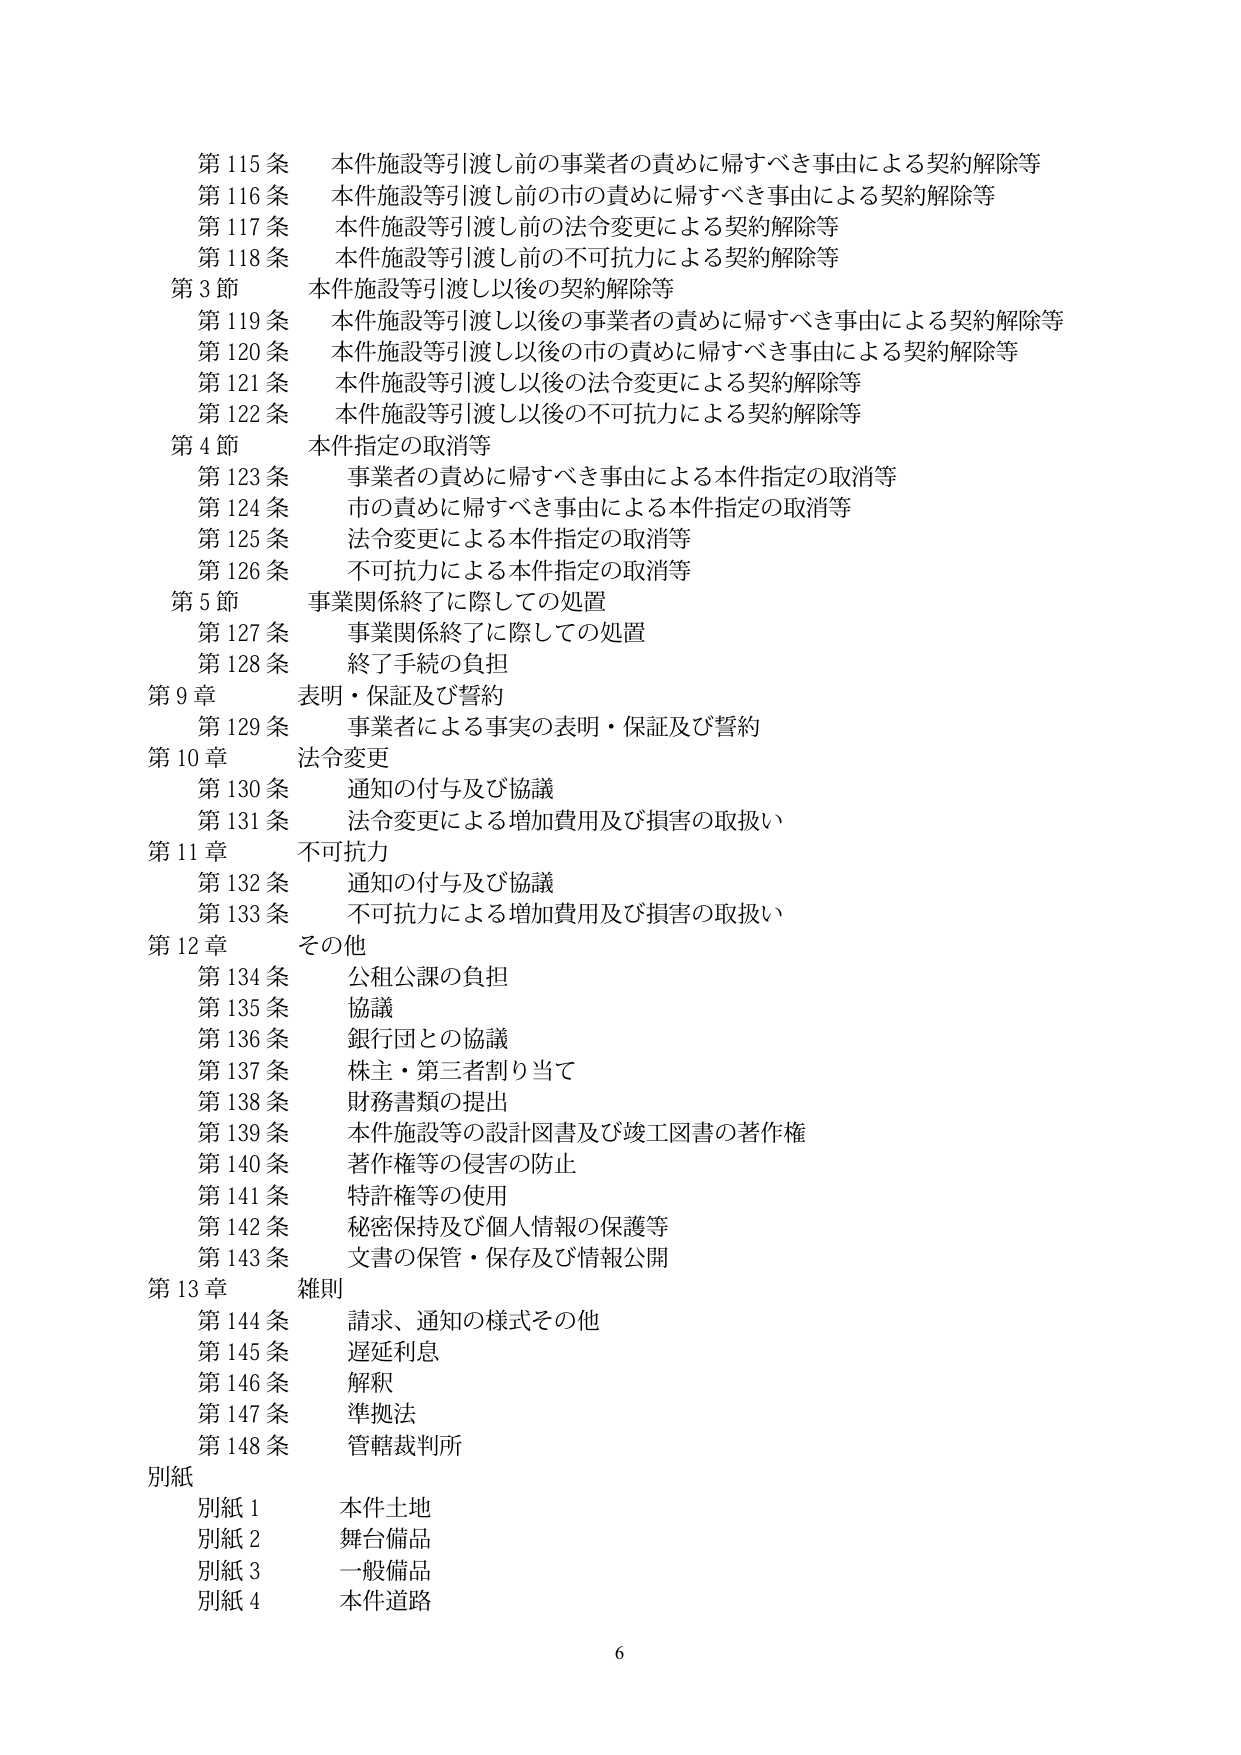
第115条 本件施設等引渡し前の事業者の責めに帰すべき事由による契約解除等
第116条 本件施設等引渡し前の市の責めに帰すべき事由による契約解除等
第117条 本件施設等引渡し前の法令変更による契約解除等
第118条 本件施設等引渡し前の不可抗力による契約解除等
第3節 本件施設等引渡し以後の契約解除等
第119条 本件施設等引渡し以後の事業者の責めに帰すべき事由による契約解除等
第120条 本件施設等引渡し以後の市の責めに帰すべき事由による契約解除等
第121条 本件施設等引渡し以後の法令変更による契約解除等
第122条 本件施設等引渡し以後の不可抗力による契約解除等
第4節 本件指定の取消等
第123条 事業者の責めに帰すべき事由による本件指定の取消等
第124条 市の責めに帰すべき事由による本件指定の取消等
第125条 法令変更による本件指定の取消等
第126条 不可抗力による本件指定の取消等
第5節 事業関係終了に際しての処置
第127条 事業関係終了に際しての処置
第128条 終了手続の負担
第9章 表明・保証及び誓約
第129条 事業者による事実の表明・保証及び誓約
第10章 法令変更
第130条 通知の付与及び協議
第131条 法令変更による増加費用及び損害の取扱い
第11章 不可抗力
第132条 通知の付与及び協議
第133条 不可抗力による増加費用及び損害の取扱い
第12章 その他
第134条 公租公課の負担
第135条 協議
第136条 銀行団との協議
第137条 株主・第三者割り当て
第138条 財務書類の提出
第139条 本件施設等の設計図書及び竣工図書の著作権
第140条 著作権等の侵害の防止
第141条 特許権等の使用
第142条 秘密保持及び個人情報の保護等
第143条 文書の保管・保存及び情報公開
第13章 雑則
第144条 請求、通知の様式その他
第145条 遅延利息
第146条 解釈
第147条 準拠法
第148条 管轄裁判所
別紙
別紙1 本件土地
別紙2 舞台備品
別紙3 一般備品
別紙4 本件道路
6